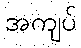
အကျပ်